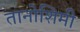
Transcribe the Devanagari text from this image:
तानोशिमी